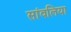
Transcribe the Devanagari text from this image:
सांवलिया